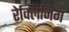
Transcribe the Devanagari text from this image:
रेक्लिनिंग